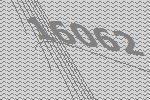
16062